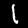
Digit: 1